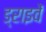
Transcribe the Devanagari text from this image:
ड्राइवें